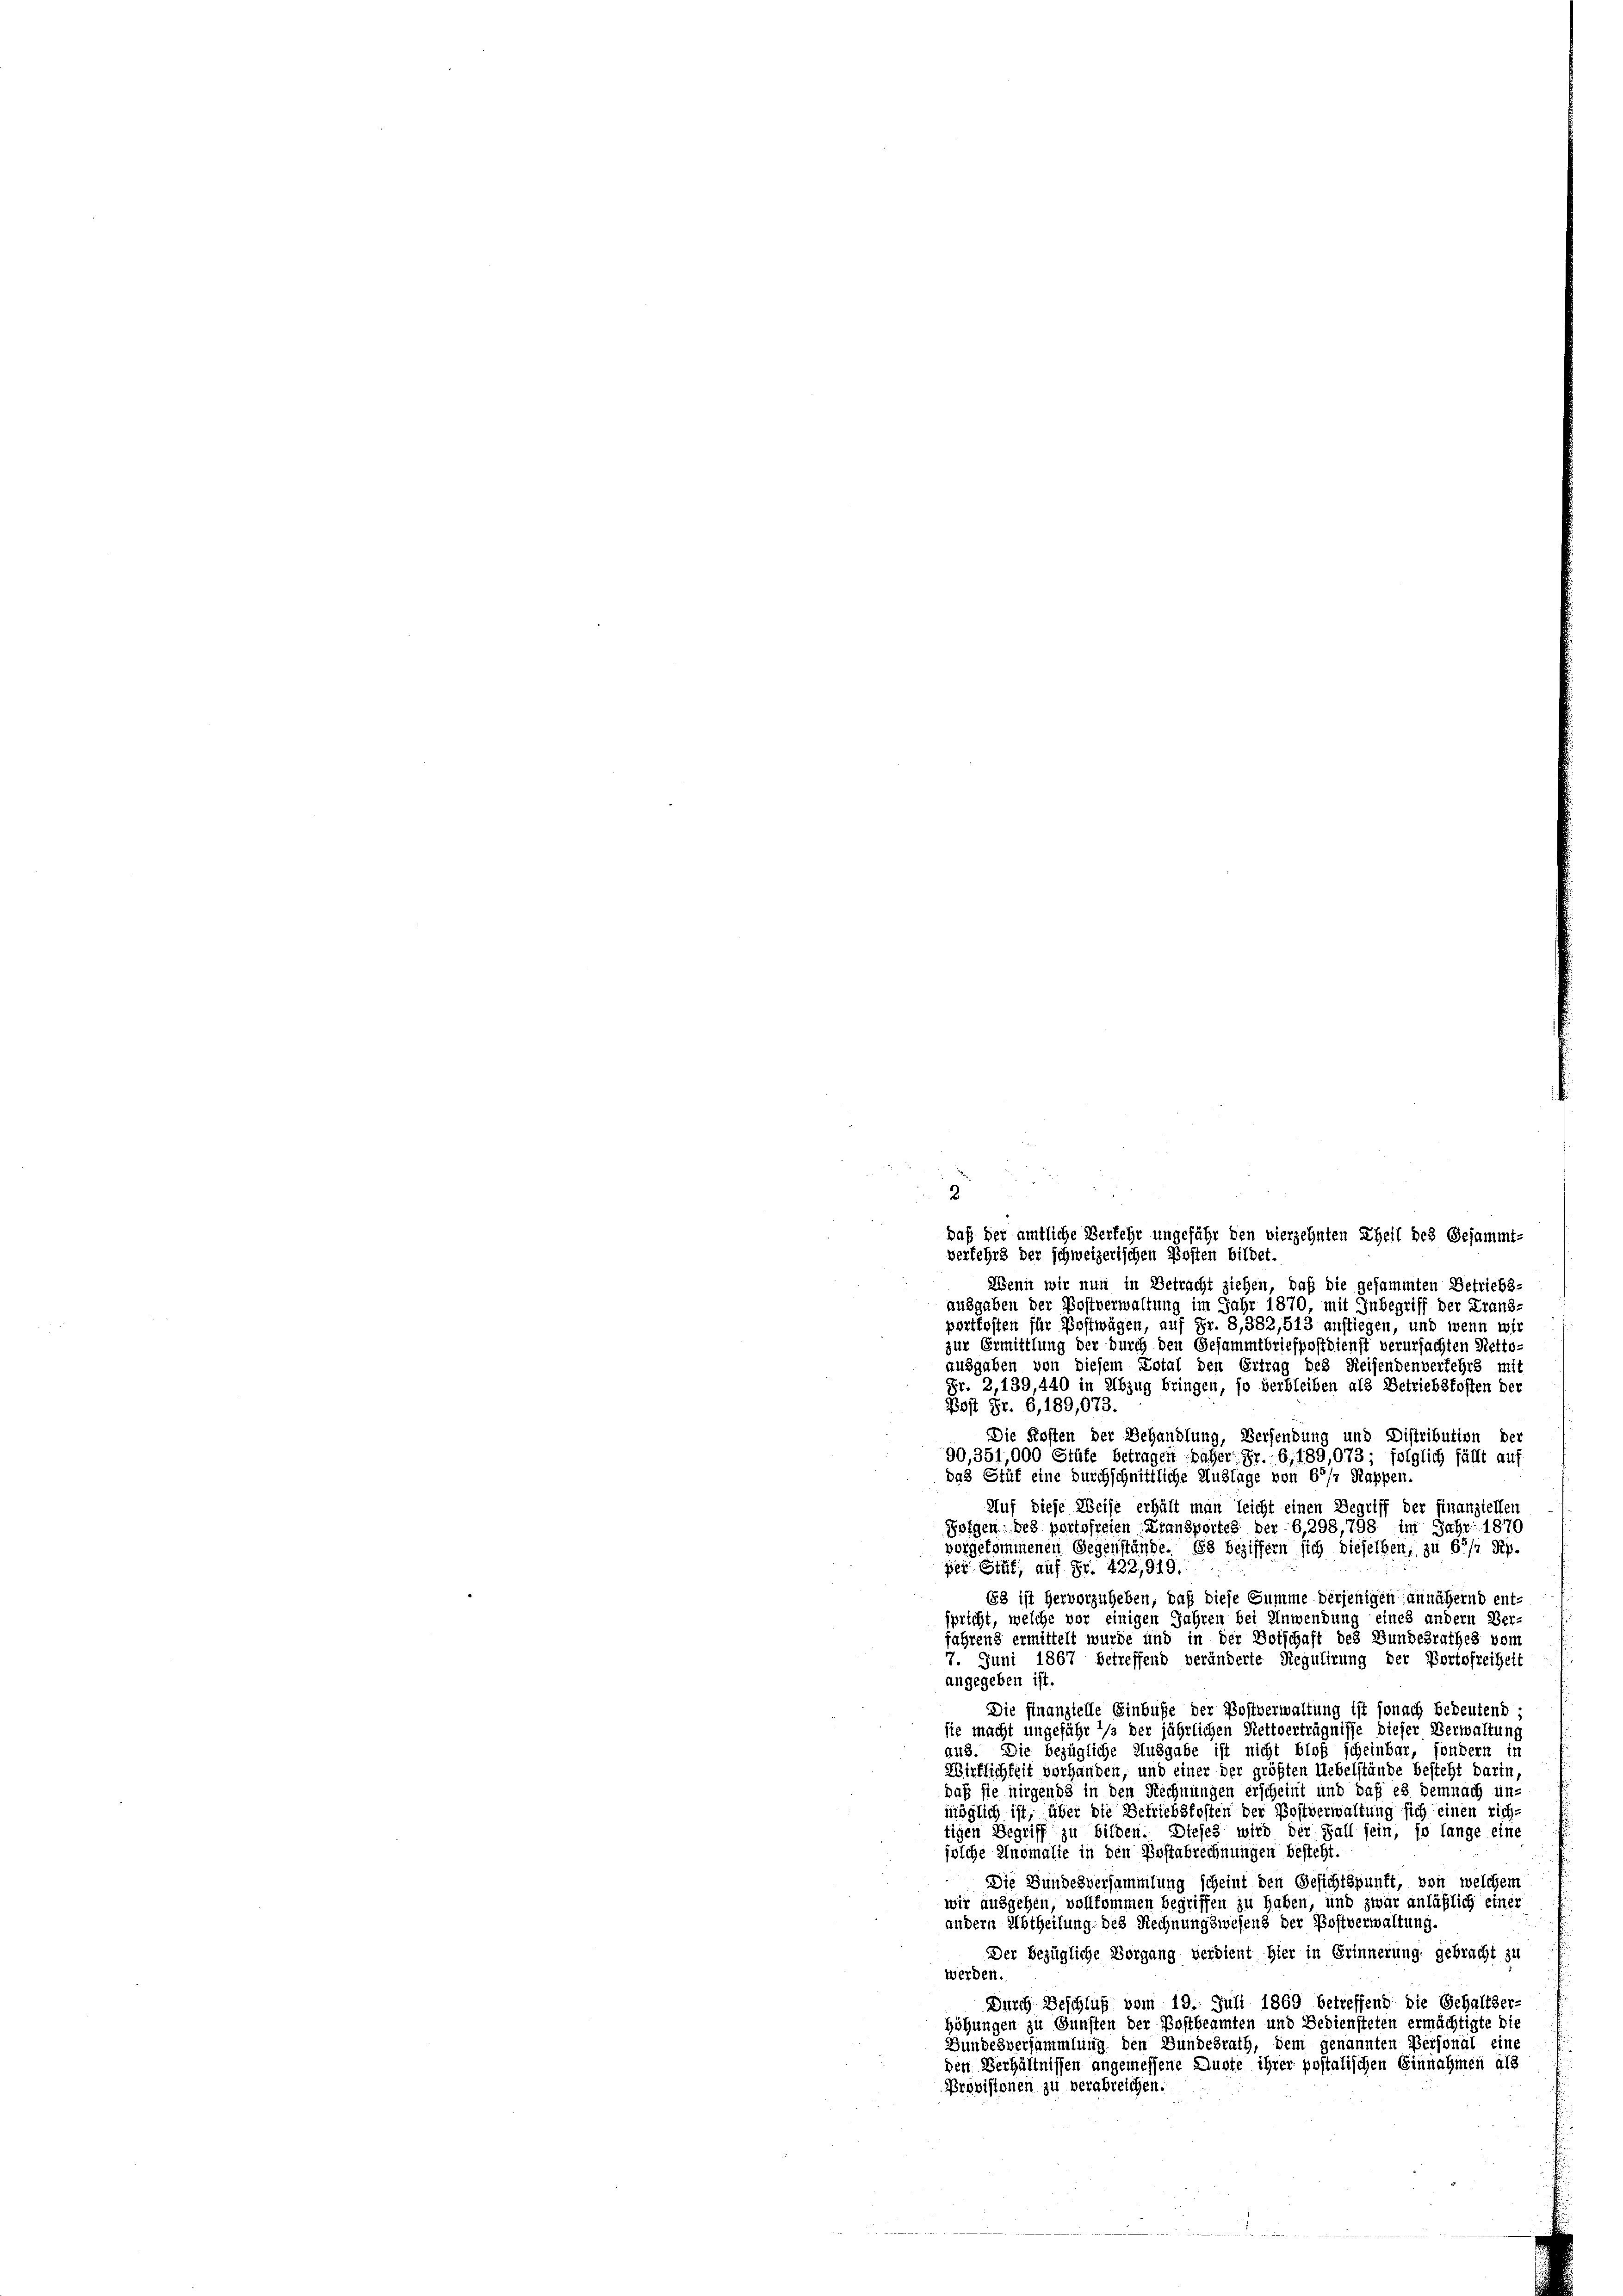
daß der amtliche Verfehr ungefähr den vierzehnten Theil des Gesammt-
verfehrs der schweizerischen Posten bildet.
Wenn wir nun in Betracht ziehen, daß die gesammten Betriebs-
ausgaben der Postverwaltung im Jahr 1870 mit Inbegriff der Frans-
portkosten für Postwägen, auf Fr. 8,382,513 anfliegen, und wenn wir
zur Ermittlung der durch den Gesammtbriefpostdienst verursachten Netto-
ausgaben von diesem Total den Ertrag des Reisendenverfehrs mit
Fr. 2,139, 440 in Abzug bringen, so verbleiben als Betriebsfosten der
Psst Fr. 6, 189,073.
Die Kosten der Behandlung, Verfendung und Distribution der
90,351,000 Stüte betragen daher Fr. 6, 189,073; folglich fällt auf
das Stüf eine durchschnittliche Auslage von 61/2 Rappen.
Auf diese Weise erhält man leicht einen Begriff der finanziellen
Folgen des portofreien Transportes der - 6,298,798 im Jahr 1870
vorgekommenen Gegenstände. Es beziffern sich dieselben; zu 6/4 Rp.
ser Stut, auf Fr. 422,919.
63 ist hervorzuheben, daß diese Summe derjenigen annähernd ent-
spricht, welche vor einigen Jahren bei Anwendung eines andern Ver-
fahrend ermittelt wurde und in der Botschaft des Bundesrathes vom
7. Juni 1867 betreffend veränderte Regulirung der Portofreiheit
angegeben ist.
Die finanzielle Einbuße der Postverwaltung ist sonach bedeutend:
sie macht ungefähr 2/s der jährlichen Rettverträgnisse dieser Verwaltung
aus. Die bezügliche Ausgabe ist nicht bloß scheinbar, sondern in
Wirklichkeit vorhanden, und einer der größten Uebelstände besteht darin,
daß sie nirgends in den Rechnungen erscheint und daß es demnach un-
möglich ist, über die Betriebskosten der Postverwaltung sich einen rich-
tigen Begriff zu bilden. Dieses wird der Fall sein, so lange eine
solche Anomalie in den Postabrechnungen besteht.
Die Bundesversammlung scheint den Gesichtspunft, von welchem
wir ausgehen, vollkommen begriffen zu haben, und zwar anläßlich einer
andern Abtheilung des Rechnungswesens der Postverwaltung.
Der bezügliche Vorgang verdient hier in Erinnerung gebracht zu
werden.
Durch Beschluß vom 19. Juli 1869 betreffend die Gehaltser-
höhungen zu Gunsten der Postbeamten und Bediensteten ermächtigte die
Bundesversammlung den Bundesrath, dem genannten Personal eine
den Verhältnissen angemessene Quote ihrer postalischen Einnahmen als
Provisionen zu verabreichen.